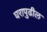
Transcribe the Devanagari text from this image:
घरापुढील